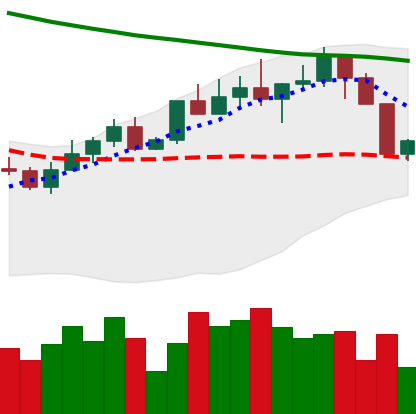
Ticker: LINK-USD
Chart end date: 2022-04-07
Forward return: -11.421%
Label: down_7plus